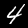
Digit: 4